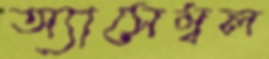
অ্যাসেম্বল